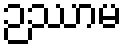
ဉဿာမ